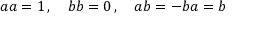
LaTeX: \textstyle a a = 1 \, , \quad b b = 0 \, , \quad a b = - b a = b